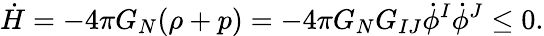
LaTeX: \dot{H}=-4\pi G_{N}(\rho+p)=-4\pi G_{N}G_{IJ}\dot{\phi}^{I}\dot{\phi}^{J}\leq 0.